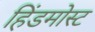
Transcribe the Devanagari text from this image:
हिंडमोस्ट